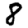
Digit: 8